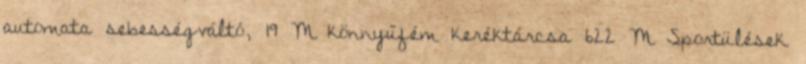
automata sebességváltó, 19 M könnyűfém keréktárcsa 622 M Sportülések